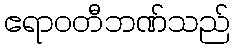
ဧရာဝတီဘဏ်သည်